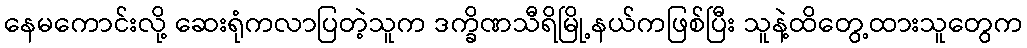
နေမကောင်းလို့ ဆေးရုံကလာပြတဲ့သူက ဒက္ခိဏသီရိမြို့နယ်ကဖြစ်ပြီး သူနဲ့ထိတွေ့ထားသူတွေက